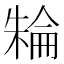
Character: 𣘈